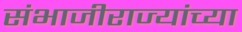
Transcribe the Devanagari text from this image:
संभाजीराज्यांच्या